Plague in India, 1896, 1897 - Volume 1
Year: 1896
Disease focus: Plague
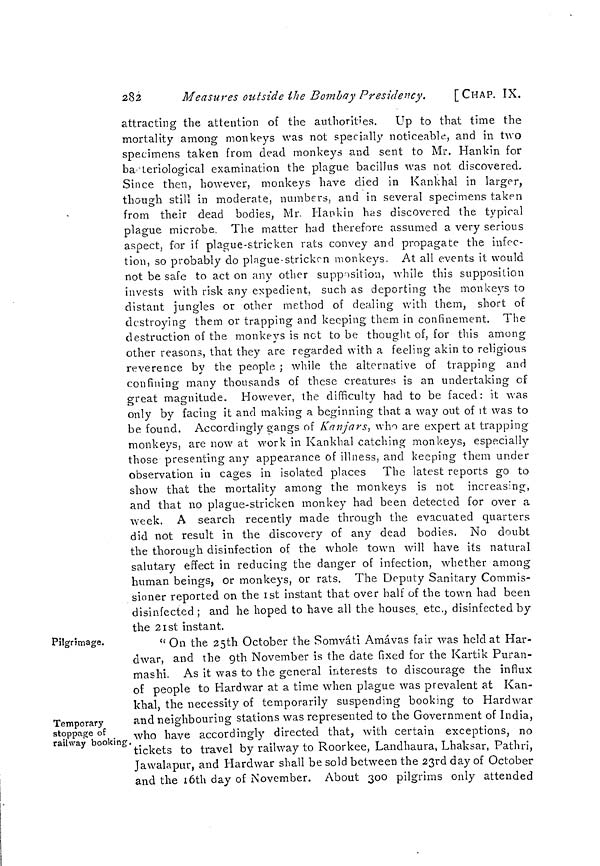
282
Measures outside the Bombay Presidency.
[CHAP. IX.
attracting the attention of the authorities. Up to that time the
mortality among monkeys was not specially noticeable, and in two
specimens taken from dead monkeys and sent to Mr. Hankin for
ba teriological examination the plague bacillus was not discovered.
Since then, however, monkeys have died in Kankhal in larger,
though still in moderate, numbers, and in several specimens taken
from their dead bodies, Mr. Hankin has discovered the typical
plague microbe. The matter had therefore assumed a very serious
aspect, for if plague-stricken rats convey and propagate the infec-
tion, so probably do plague stricken monkeys. At all events it would
not be safe to act on any other supposition, while this supposition
invests with risk any expedient, such as deporting the monkeys to
distant jungles or other method of dealing with them, short of
destroying them or trapping and keeping them in confinement. The
destruction of the monkeys is net to be thought of, for this among
other reasons, that they are regarded with a feeling akin to religious
reverence by the people ; while the alternative of trapping and
confining many thousands of these creatures is an undertaking of
great magnitude. However, the difficulty had to be faced: it was
only by facing it and making a beginning that a way out of it was to
be found. Accordingly gangs of Kanjars, who are expert at trapping
monkeys, are now at work in Kankhal catching monkeys, especially
those presenting any appearance of illness, and keeping them under
observation in cages in isolated places The latest reports go to
show that the mortality among the monkeys is not increasing,
and that no plague-stricken monkey had been detected for over a
week. A search recently made through the evacuated quarters
did not result in the discovery of any dead bodies. No doubt
the thorough disinfection of the whole town will have its natural
salutary effect in reducing the danger of infection, whether among
human beings, or monkeys, or rats. The Deputy Sanitary Commis-
sioner reported on the 1st instant that over half of the town had been
disinfected ; and he hoped to have all the houses, etc., disinfected by
the 21st instant.
Pilgrimage.
Temporary
stoppage of
railway booking.
"On the 25th October the Somváti Amávas fair was held at Har-
dwar, and the 9th November is the elate fixed for the Kartik Puran-
mashi. As it was to the general interests to discourage the influx
of people to Hard war at a time when plague was prevalent at Kan-
khal, the necessity of temporarily suspending booking to Hardwar
and neighbouring stations was represented to the Government of India,
who have accordingly directed that, with certain exceptions, no
tickets to travel by railway to Roorkee, Landhaura, Lhaksar, Pathri,
Jawalapur, and Hardwar shall be sold between the 23rd day of October
and the 16th day of November. About 300 pilgrims only attended